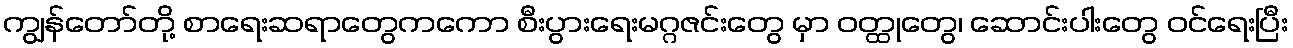
ကျွန်တော်တို့ စာရေးဆရာတွေကကော စီးပွားရေးမဂ္ဂဇင်းတွေ မှာ ဝတ္ထုတွေ၊ ဆောင်းပါးတွေ ဝင်ရေးပြီး